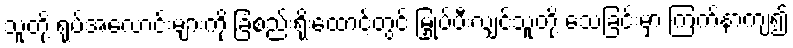
သူတို့ ရုပ်အလောင်းများကို ခြံစည်းရိုးထောင့်တွင် မြှုပ်ပီးလျှင်သူတို့ သေခြင်းမှာ ကြက်နာကျ၍